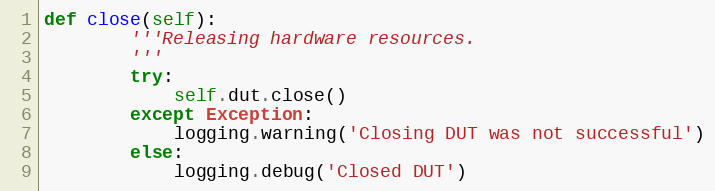
Language: Python
def close(self):
        '''Releasing hardware resources.
        '''
        try:
            self.dut.close()
        except Exception:
            logging.warning('Closing DUT was not successful')
        else:
            logging.debug('Closed DUT')